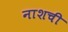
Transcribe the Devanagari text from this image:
नाशची